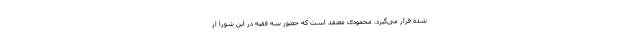
شده قرار می‌گیرد. محمودی معتقد است که حضور سه فقیه در این شورا از